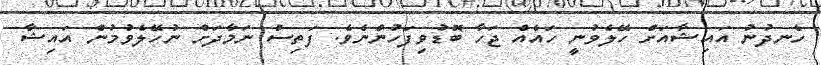
ހެނދުނު އައިޝާއަށް ހޭލެވުނީ ހައެއް ޖަހާ ބޮޑުވިފަހުންނެވެ. ފަތިސް ނަމާދަށް ނުހޭލެވުމުން އައިޝާ